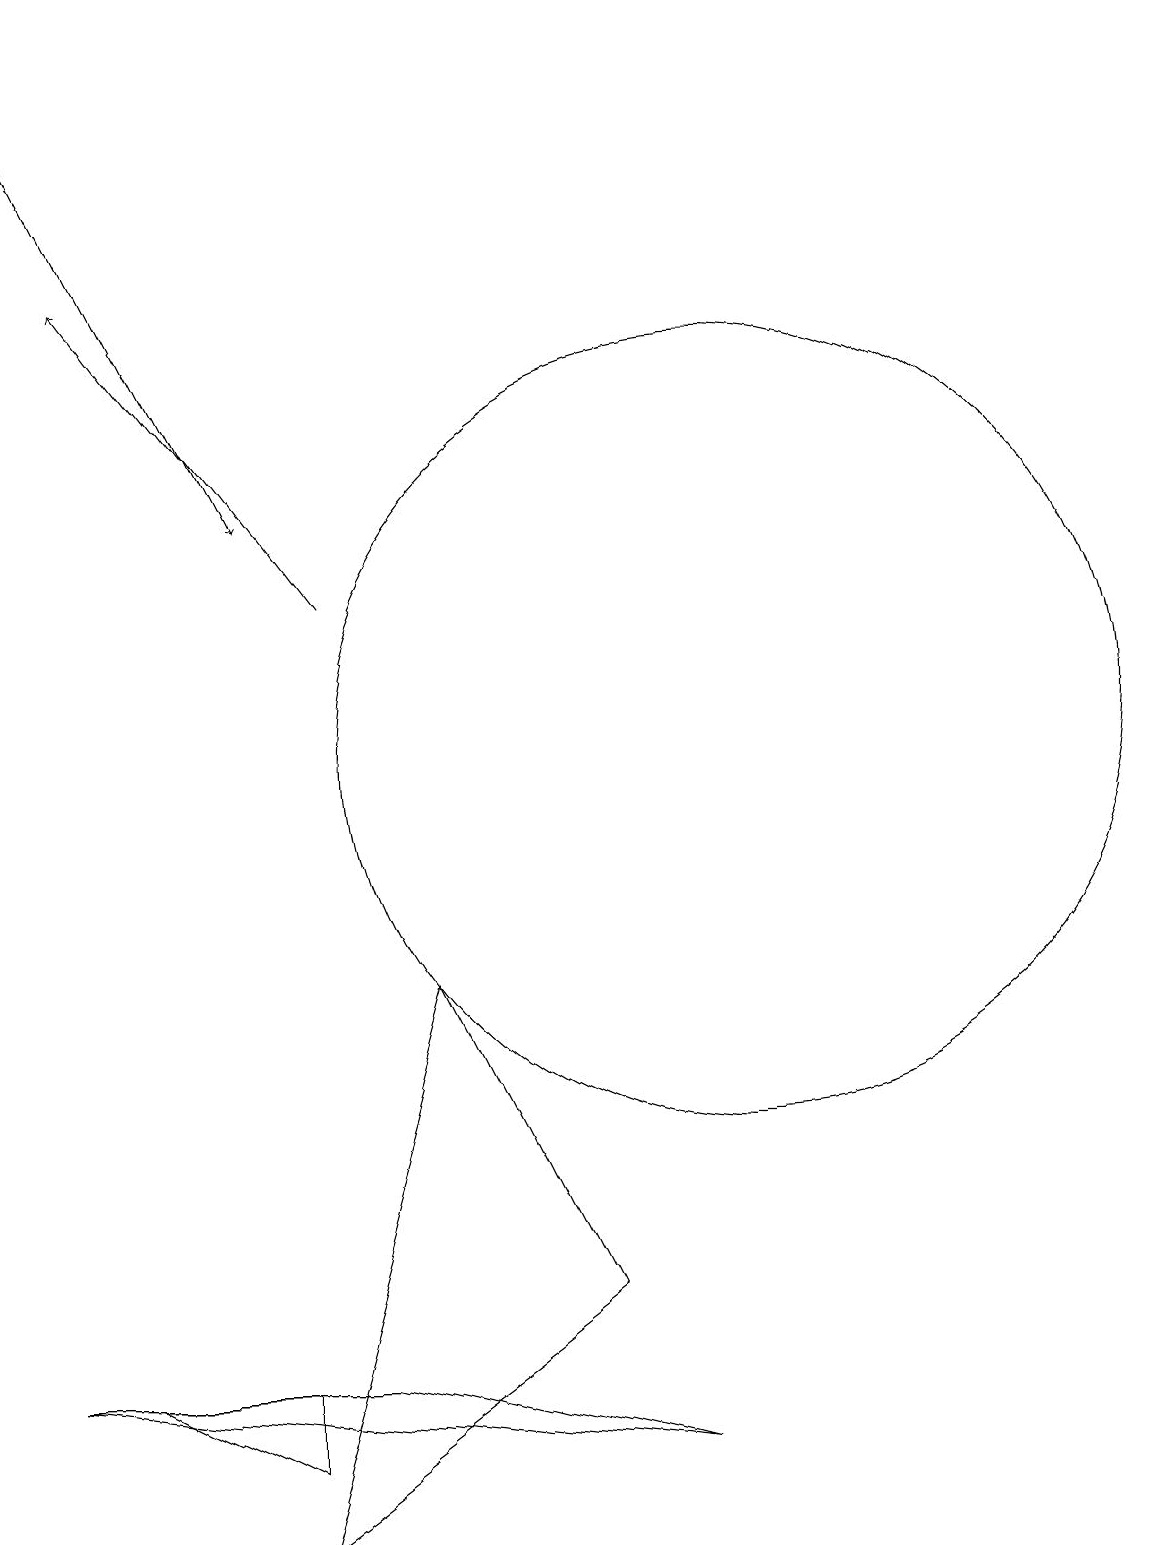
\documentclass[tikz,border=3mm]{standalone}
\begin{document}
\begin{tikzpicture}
\draw (4,1) -- (2,2) -- (4,2) -- cycle;
\draw[->] (1,19) -- (4,13);
\draw (5,2) -- (9,1) -- (1,2) -- cycle;
\draw (11,10) circle (0);
\draw (8,3) -- (4,0) -- (6,7) -- cycle;
\draw[->] (5,12) -- (2,16);
\draw (10,11) circle (0);
\draw (10,10) circle (5);
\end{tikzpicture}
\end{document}